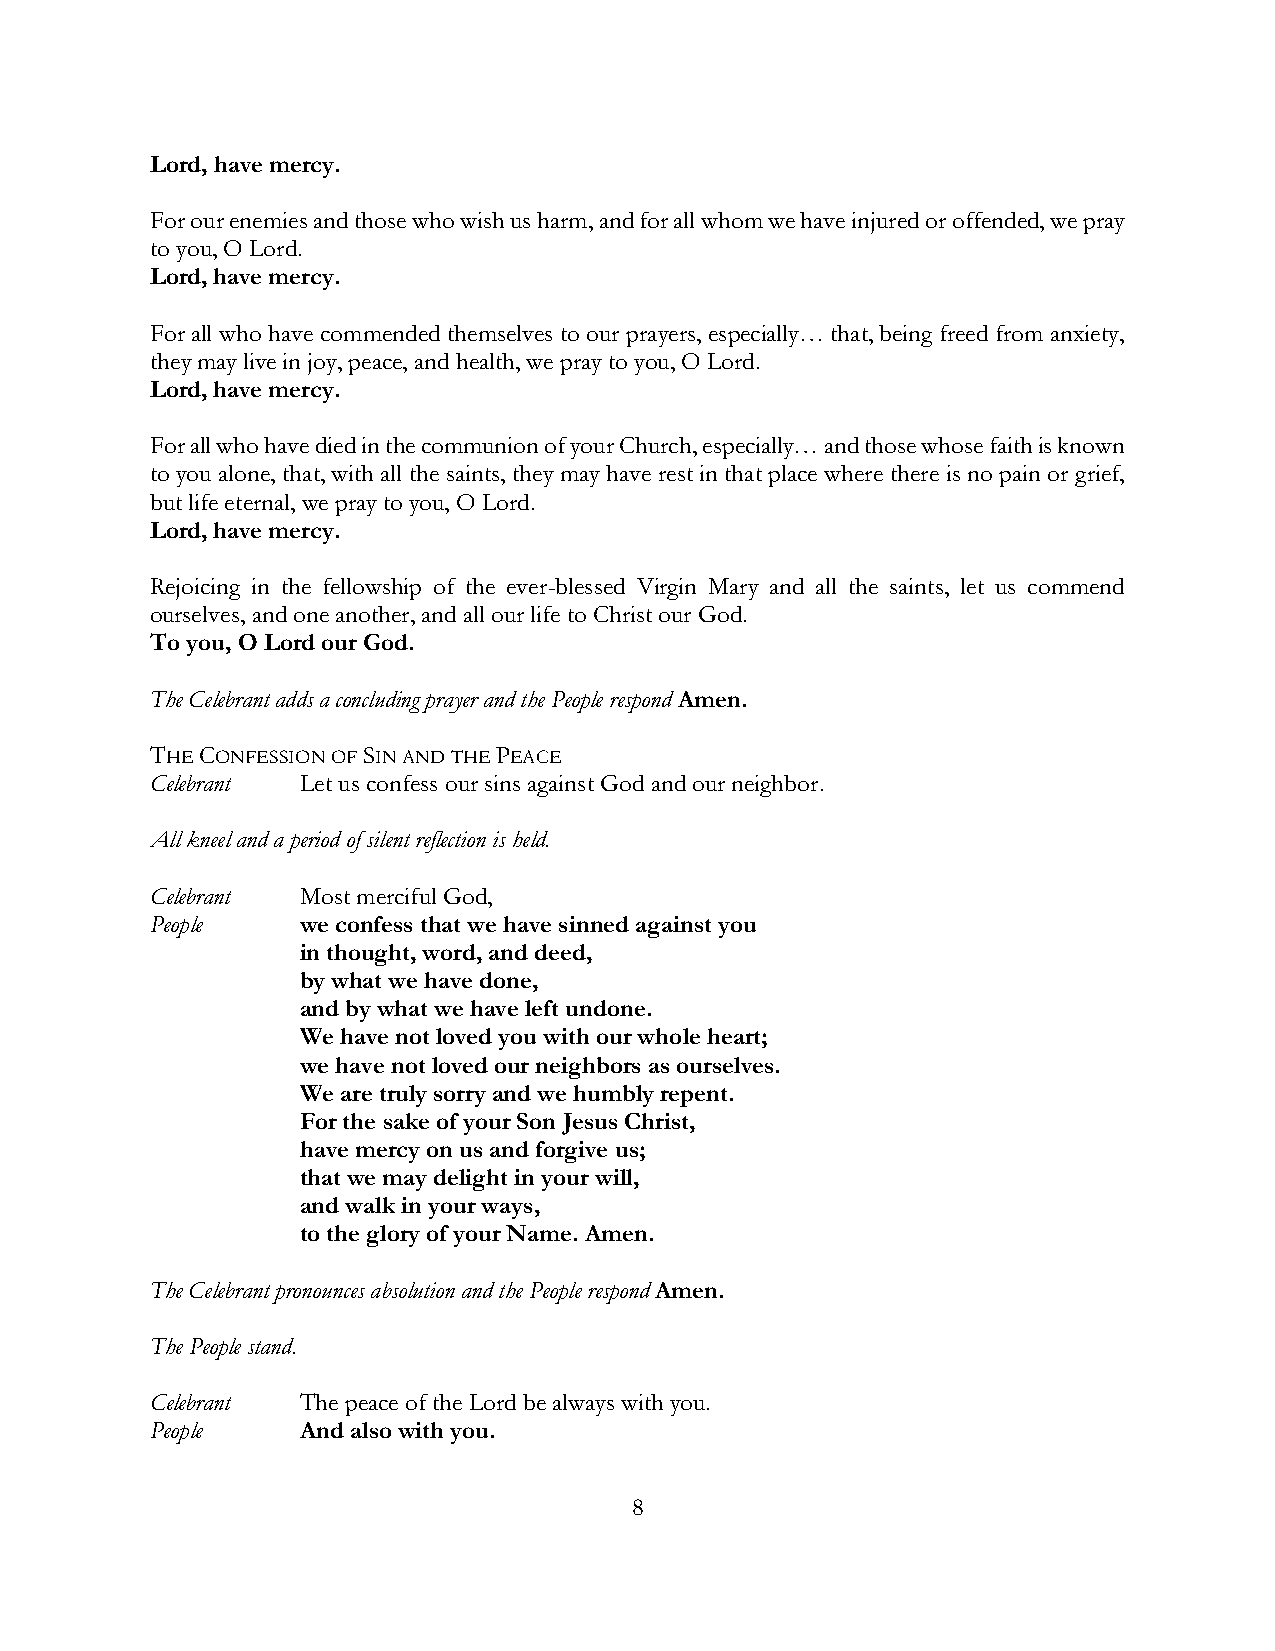
Lord, have mercy.
 For our enemies and those who wish us harm, and for all whom we have injured or offended, we pray
 to you, O Lord.
 Lord, have mercy.
 For all who have commended themselves to our prayers, especially… that, being freed from anxiety,
 they may live in joy, peace, and health, we pray to you, O Lord.
 Lord, have mercy.
 For all who have died in the communion of your Church, especially… and those whose faith is known
 to you alone, that, with all the saints, they may have rest in that place where there is no pain or grief,
 but life eternal, we pray to you, O Lord.
 Lord, have mercy.
 Rejoicing in the fellowship of the ever-blessed Virgin Mary and all the saints, let us commend
 ourselves, and one another, and all our life to Christ our God.
 To you, O Lord our God.
 The Celebrant adds a concluding prayer and the People respond Amen.
 THE CONFESSION OF SIN AND THE PEACE
 Celebrant Let us confess our sins against God and our neighbor.
 All kneel and a period of silent reflection is held.
 Celebrant Most merciful God,
 People    we confess that we have sinned against you
 in thought, word, and deed,
 by what we have done,
 and by what we have left undone.
 We have not loved you with our whole heart;
 we have not loved our neighbors as ourselves.
 We are truly sorry and we humbly repent.
 For the sake of your Son Jesus Christ,
 have mercy on us and forgive us;
 that we may delight in your will,
 and walk in your ways,
 to the glory of your Name. Amen.
 The Celebrant pronounces absolution and the People respond Amen.
 The People stand.
 Celebrant The peace of the Lord be always with you.
 People    And also with you.
 8